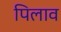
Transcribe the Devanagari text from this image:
पिलाव